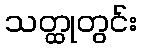
သတ္ထုတွင်း